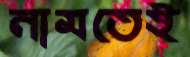
নামতেই